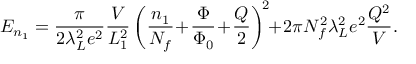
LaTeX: E _ { n _ { 1 } } = \frac { \pi } { 2 \lambda _ { L } ^ { 2 } e ^ { 2 } } \frac { V } { L _ { 1 } ^ { 2 } } \left( \frac { n _ { 1 } } { N _ { f } } \! + \! \frac { \Phi } { \Phi _ { 0 } } \! + \! \frac { Q } { 2 } \right) ^ { \! 2 } \! \! + \! 2 \pi N _ { f } ^ { 2 } \lambda _ { L } ^ { 2 } e ^ { 2 } \frac { Q ^ { 2 } } { V } .